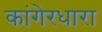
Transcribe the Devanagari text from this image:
कांगेरधारा